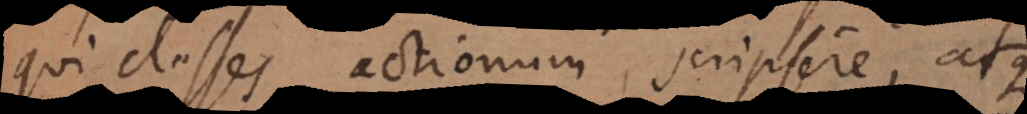
qui classes actionum scripsere, atqu